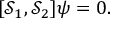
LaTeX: \lbrack \mathcal { S } _ { 1 } , \mathcal { S } _ { 2 } ] \psi = 0 .